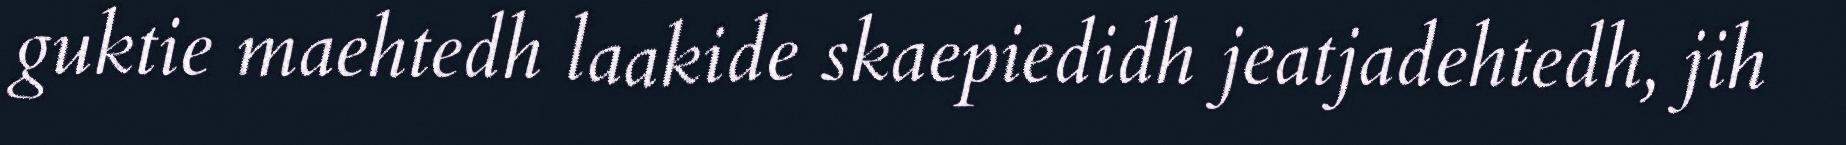
guktie maehtedh laakide skaepiedidh jeatjadehtedh, jih